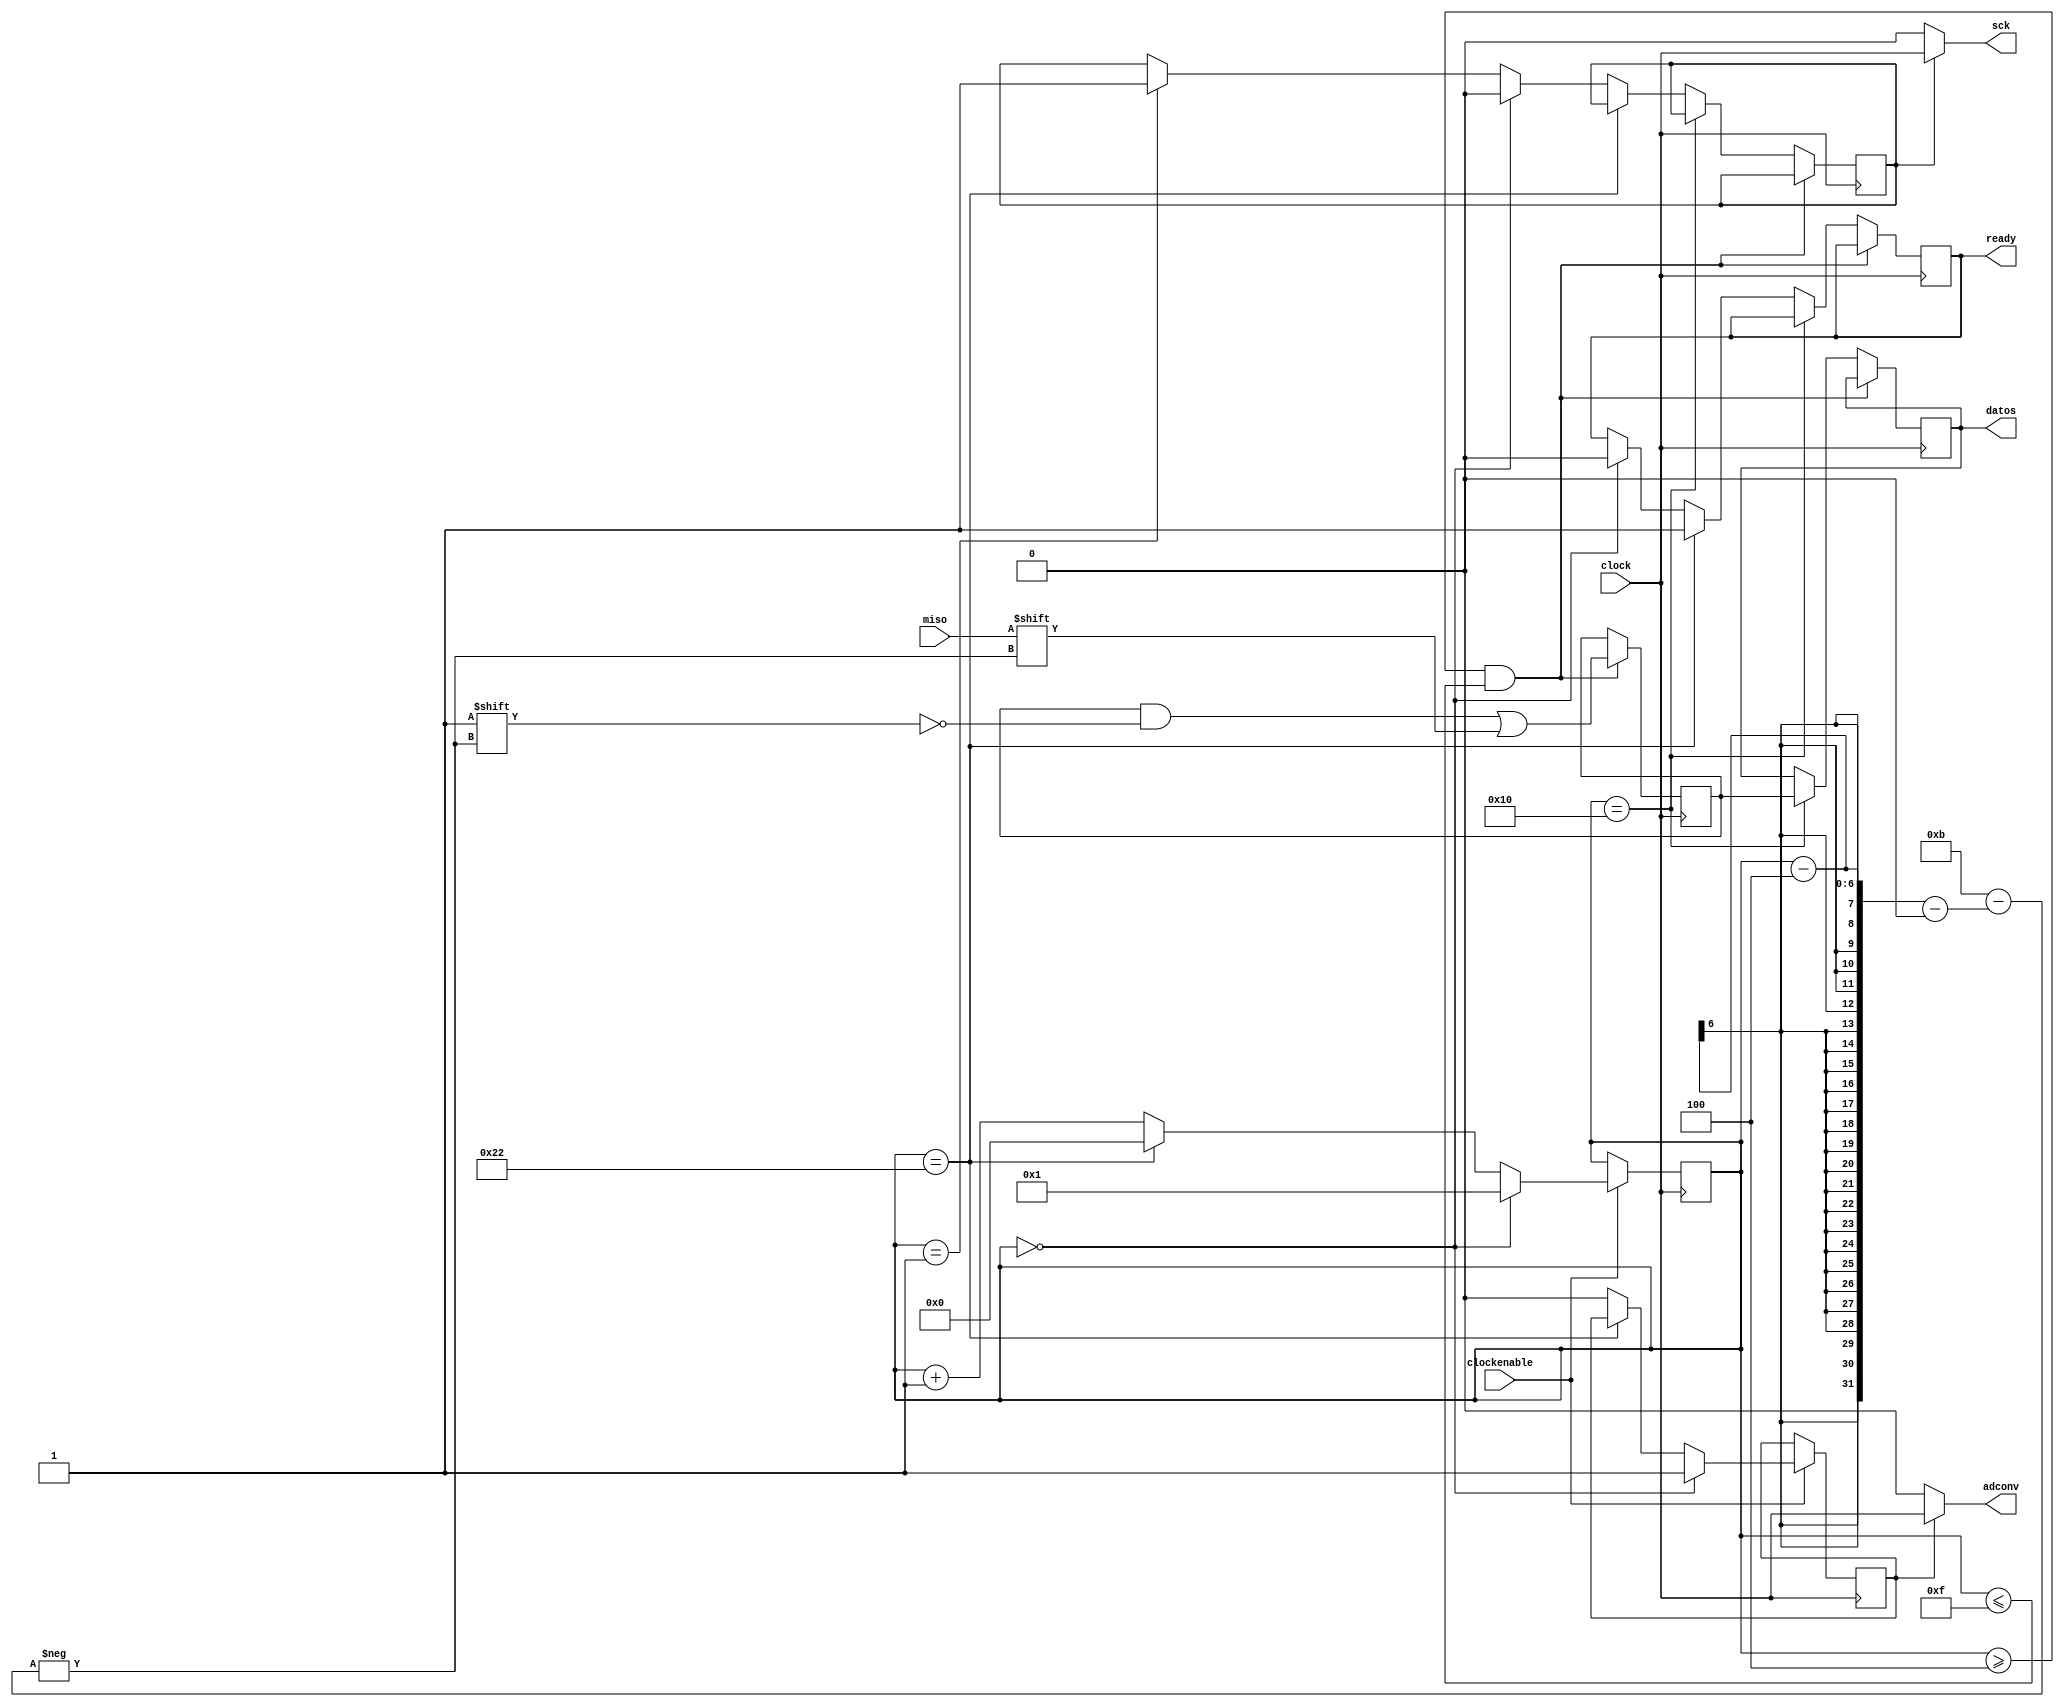
module adc(
	input clock,
	input clockenable,
	input miso,

	output adconv,
	output reg [0:11]datos,
	output reg ready, 
	//Puede ser util tener una seal de aviso
	output sck
);

reg [5:0]bloque;
//Ocupa 1+34 bloques
//1 para el impulso inicial
//bloque 35=0
reg estadoadconv,estadosck;
reg [0:11]datostemp;
//Variable para no estar cambiando los datos a cada momento
//Puede ser util para evitar errores
assign adconv=estadoadconv?clock:0;
assign sck=estadosck?clock:0;

initial begin
	estadoadconv<=0;
	estadosck<=0;
	bloque<=0;
	ready<=0;
end

always@(posedge clock) begin 
if(clockenable) begin 
//Es importante que el clock enable 
// Inicie antes del posedge
//Idealmente medio clock antes
	if(bloque==0) begin
		bloque<=1;
		estadoadconv<=1;
	end
	else if(bloque==34) begin
		bloque<=0;
	end
	else begin
		bloque<=bloque+1;
		estadoadconv<=0;
	end 
end
end

always@(negedge clock) begin
	if(bloque>=4 & bloque<=15) datostemp[bloque-4]<=miso;
	else if(bloque==16) datos<=datostemp;
	else if(bloque==34) ready<=1;
	else if(bloque==0) begin 
		ready<=0;
		estadosck<=0;
	end
	else if(bloque==1) estadosck<=1;
	// Se avisa en el ultimo bloque
	//para no interrumpir el funcionamiento normal del adc
	//Ready funciona con negedge en el ultimo bloque
end

endmodule